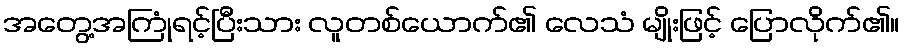
အတွေ့အကြုံရင့်ပြီးသား လူတစ်ယောက်၏ လေသံ မျိုးဖြင့် ပြောလိုက်၏။